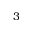
3